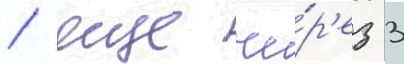
/ еще че́р'ез 3